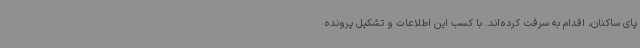
پای ساکنان، اقدام به سرقت کرده‌اند. با کسب این اطلاعات و تشکیل پرونده